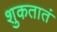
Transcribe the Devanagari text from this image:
शुकतातं